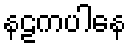
နဠကပါနေ